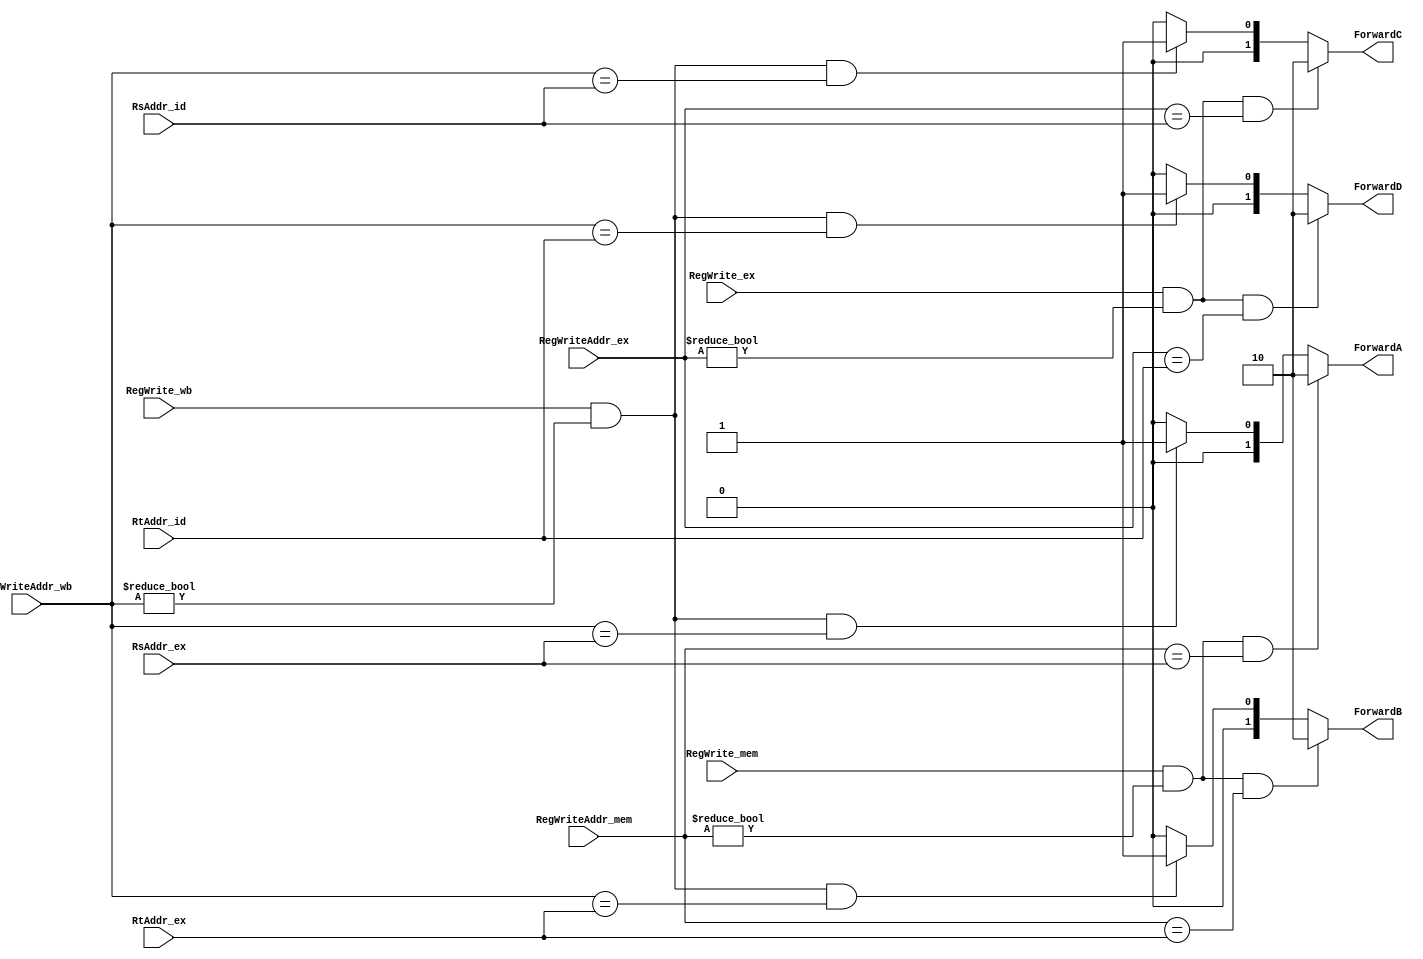
/**
 * WARNING: This code is not safe, it use the result that may has not been caculated
 */
module Forwarding(
    input RegWrite_mem,
    input RegWrite_wb,
    input RegWrite_ex,
    input[4:0] RegWriteAddr_mem,
    input[4:0] RegWriteAddr_wb,
    input[4:0] RegWriteAddr_ex,
    input[4:0] RsAddr_ex,
    input[4:0] RtAddr_ex,
    //Forwarding in ID
    input[4:0] RsAddr_id,
    input[4:0] RtAddr_id,
    //the control signal of forwarding in EX, which is only for data adventure
    output reg[1:0] ForwardA,
    output reg[1:0] ForwardB,
    //the control signal of forwarding in ID, which is only for control adventure
    output reg[1:0] ForwardC,
    output reg[1:0] ForwardD
);

    

    always @(*)
    begin
        //Forwarding in EX that is used for data adventure
        //the instructions of "RegWriteAddr_mem !=0 and RegWriteAddr_wb!=0" are to prevent we modifying the value of $zero
        if(RegWrite_mem&&(RegWriteAddr_mem!=0)&&(RegWriteAddr_mem==RsAddr_ex))//when the pass two instruction's calculated result has not been written into Rs
            ForwardA=2'b10;
        else if(RegWrite_wb&&(RegWriteAddr_wb!=0)&&(RegWriteAddr_wb==RsAddr_ex))//when the pass one instruction's calculated result has not been written into Rs
            ForwardA=2'b01;
        else
            ForwardA=2'b00;
        if(RegWrite_mem&&(RegWriteAddr_mem!=0)&&(RegWriteAddr_mem==RtAddr_ex))//when the pass two instruction's calculated result has not been written into Rt
            ForwardB=2'b10;
        else if(RegWrite_wb&&(RegWriteAddr_wb!=0)&&(RegWriteAddr_wb==RtAddr_ex))//when the pass one instruction's calculated result has not been written into Rt
            ForwardB=2'b01;
        else
            ForwardB=2'b00;//Wow! I don't have to forward any data!

        //Forwarding in ID that is for control adventure
        //Well, what I have to admit is that the forward is not safe, especially the high frequence of CPU, because I assume that EX will not take up any time and we can forward the result of ALU to ID and use it to BNE/BEQ's register data's comparison. Furthermore, why the ALUResult_mem delivered into the MUX is the same reason.
        if(RegWrite_ex&&(RegWriteAddr_ex!=0)&&(RegWriteAddr_ex==RsAddr_id))//when the pass one instruction's calculated result has not been written into the destination
            ForwardC=2'b10;//choose the pass one instruction's calculated resulted of ALU
        else if(RegWrite_wb&&(RegWriteAddr_wb!=0)&&(RegWriteAddr_wb==RsAddr_id))//when the pass two instruction's calculated result has not been written into the destination
            ForwardC=2'b01;//choose the pass two instruction's calculated resulted of ALU
        else
            ForwardC=2'b00;//Wow, I do not need to forward any data!

        if(RegWrite_ex&&(RegWriteAddr_ex!=0)&&(RegWriteAddr_ex==RtAddr_id))//when the pass one instruction's calculated result has not been written into the destination
            ForwardD=2'b10;//choose the pass one instruction's calculated resulted of ALU
        else if(RegWrite_wb&&(RegWriteAddr_wb!=0)&&(RegWriteAddr_wb==RtAddr_id))//when the pass two instruction's calculated result has not been written into the destination
            ForwardD=2'b01;//choose the pass two instruction's calculated resulted of ALU
        else
            ForwardD=2'b00;//Wow, I do not need to forward any data!
    end
endmodule
/*
Well, I have to admit that the module is not perfect because when the instruction of lw is followed by a BNE/BEQ, we need to stall a period, but the test does not have this kind of instrucions, so I do not perfect the whole function.
*/